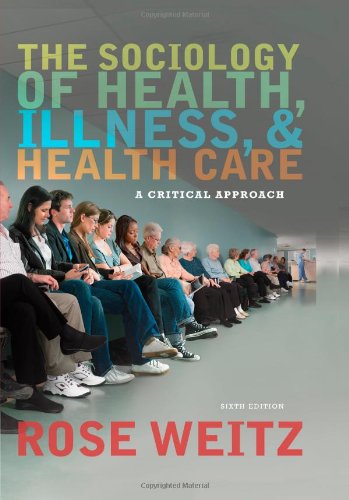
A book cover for The Sociology of Health, Illness, and Health Care: A Critical Approach; Rose Weitz; Politics & Social Sciences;